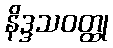
နိဒ္ဒသဝတ္ထု